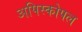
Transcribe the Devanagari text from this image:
अपिस्कोपल